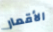
الأقمار